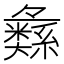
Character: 𱺌